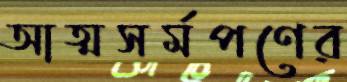
আত্মসর্মপণের